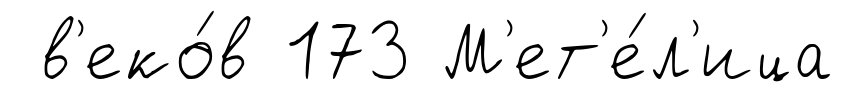
в'еко́в 173 М'ет'е́л'ица